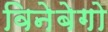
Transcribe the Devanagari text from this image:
विनेबेगो